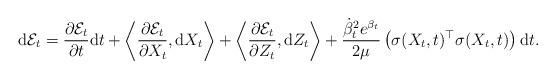
LaTeX: \begin{align*}\mathrm{d}\mathcal{E}_t = \frac{\partial \mathcal{E}_t}{\partial t} \mathrm{d}t + \left\langle\frac{ \partial \mathcal{E}_t}{\partial X_t}, \mathrm{d}X_t \right\rangle + \left\langle \frac{\partial \mathcal{E}_t}{\partial Z_t}, \mathrm{d}Z_t \right\rangle + \frac{\dot \beta_t^2 e^{\beta_t}}{2 \mu} \left( \sigma(X_t, t)^\top \sigma(X_t, t) \right) \mathrm{d}t.\end{align*}